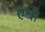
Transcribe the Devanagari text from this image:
ऐबो